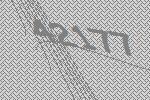
42177